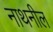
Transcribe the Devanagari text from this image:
नाथनील